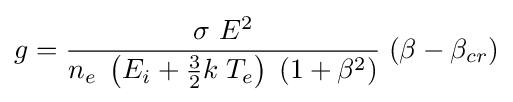
g={\frac {\sigma \ E^{2}}{n_{e}\;\left(E_{i}+{\frac {3}{2}}k\;T_{e}\right)\;\left(1+\beta ^{2}\right)}}\;(\beta -\beta _{cr})